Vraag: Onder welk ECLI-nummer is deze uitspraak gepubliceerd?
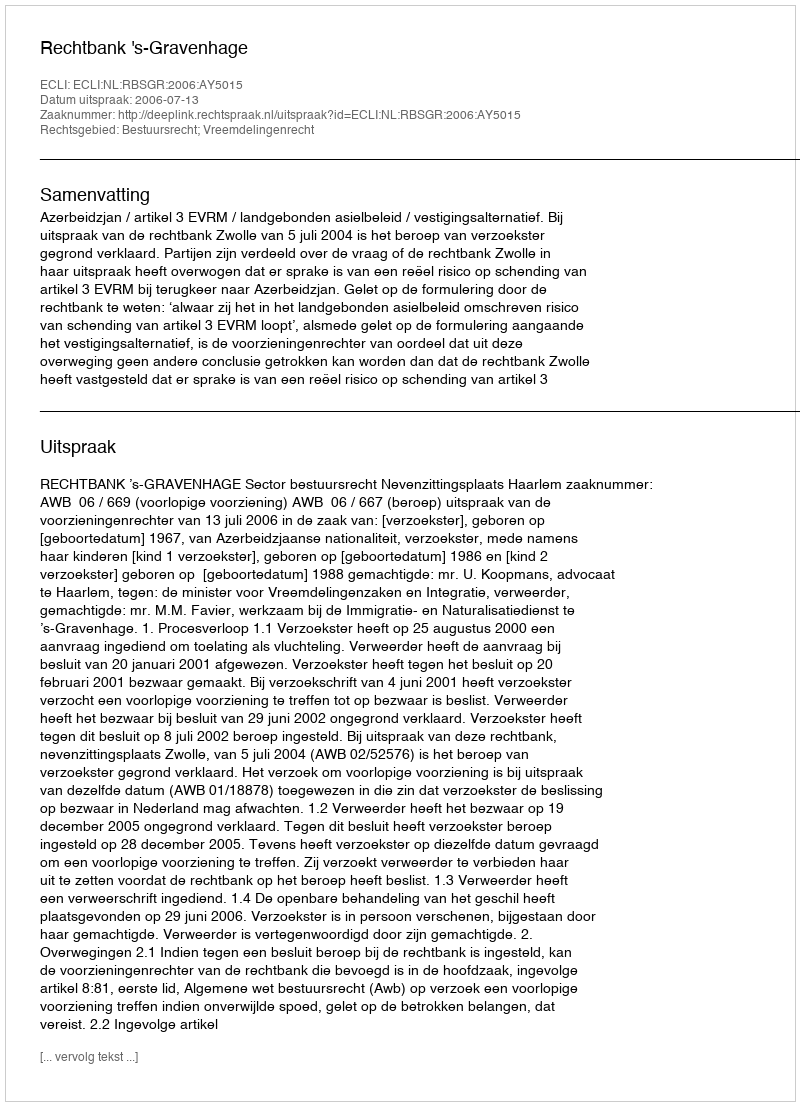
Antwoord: ECLI:NL:RBSGR:2006:AY5015